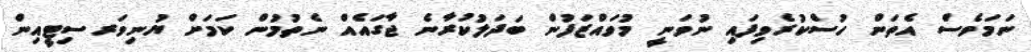
ނަމަވެސް އެތަން ހުސްކުރެވިފައި ނުވަނީ މުވައްޒަފުން ބަދަލުކުރާނެ ޖާގައެއް ނެތުމުން ކަމަށް ޔުނިވަރސިޓީއިން